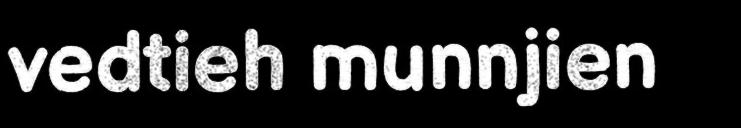
vedtieh munnjien